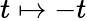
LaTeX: t\mapsto-t